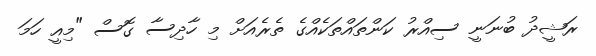
ރަޝީދު ބުނަނީ ސިއްރު ކަންތައްތަކެއްގެ ތެރެއަށް މި ހާދިސާ ގޮސް "މިއީ ހަމަ